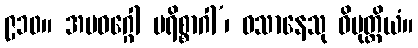
၉၁၀။ အပဝဂ္ဂေါ ပရိစ္စာဂါ’၊ ဝသာနေသု ဝိမုတ္တိယံ။